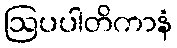
ဩပပါတိကာနံ